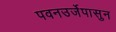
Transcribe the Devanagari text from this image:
पवनउर्जेपासुन